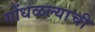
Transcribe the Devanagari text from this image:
गोंधळल्याची